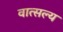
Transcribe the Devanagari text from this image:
वात्‍सल्‍य